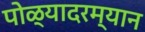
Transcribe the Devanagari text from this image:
पोळ्यादरम्यान